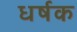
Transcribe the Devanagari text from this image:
धर्षक